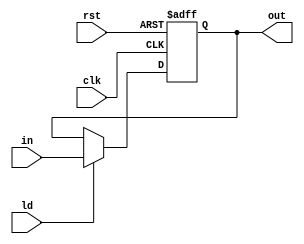
`timescale 1ns/1ns
module Reg5(input clk, rst, ld, input [4:0] in, output reg [4:0] out);
	always @(posedge clk, posedge rst) begin
		if(rst) begin
			out <= 5'b0;
		end else begin
			out <= ld ? in : out;
		end
	end
endmodule